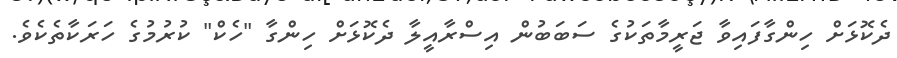
ދެކޮޅަށް ހިންގާފައިވާ ޖަރީމާތަކުގެ ސަބަބުން އިސްރާއީލާ ދެކޮޅަށް ހިންގާ "ހެކް" ކުރުމުގެ ހަރަކާތެކެވެ.